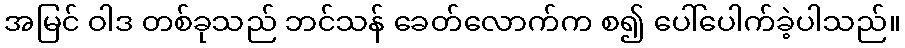
အမြင် ဝါဒ တစ်ခုသည် ဘင်သန် ခေတ်လောက်က စ၍ ပေါ်ပေါက်ခဲ့ပါသည်။